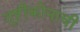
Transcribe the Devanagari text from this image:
दृष्टीकोनाची